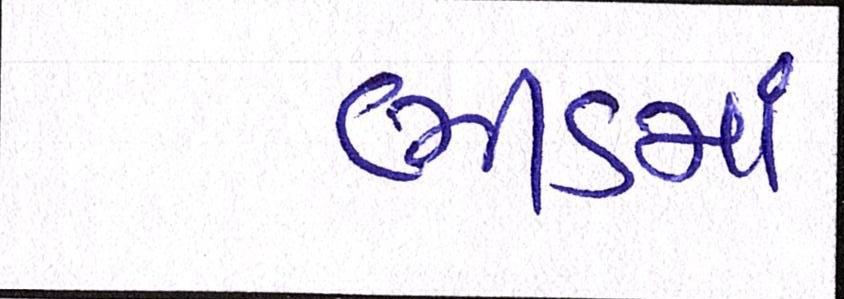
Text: ભીડમાં